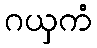
ဂယှကံ